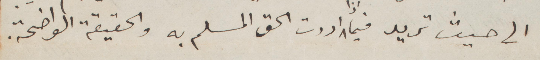
الى حيث تريد فيما اردت الحق المسلم به والحقيقة الواضحة.